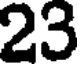
23